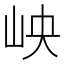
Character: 岟